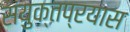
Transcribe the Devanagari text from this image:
संयुक्तप्रयास